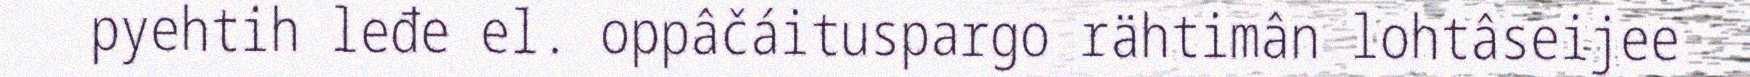
pyehtih leđe el. oppâčáituspargo rähtimân lohtâseijee